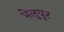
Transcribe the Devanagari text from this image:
भेलूपुर